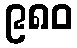
၉၈၀